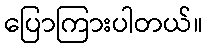
ပြောကြားပါတယ်။